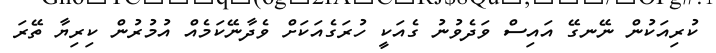
ކުރިއަކުން ނޭނގޭ އައިސް ވަދެވުނު ގެއަކީ ހުރަގެއަކަށް ވެދާނޭކަމެއް އުމުރުން ކިރިޔާ ތޭރަ